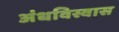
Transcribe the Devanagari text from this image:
अंधविस्वास